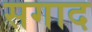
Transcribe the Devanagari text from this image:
सगाद